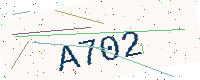
Text: A702